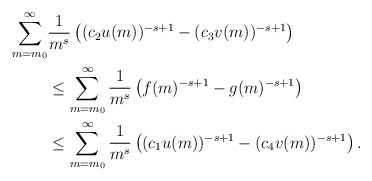
\begin{align*}\sum_{m=m_0}^\infty&\frac{1}{m^s}\left((c_2 u(m))^{-s+1} - (c_3 v(m))^{-s+1}\right)\\&\leq\sum_{m=m_0}^\infty\frac{1}{m^s}\left(f(m)^{-s+1} - g(m)^{-s+1}\right)\\&\leq\sum_{m=m_0}^\infty\frac{1}{m^s}\left((c_1 u(m))^{-s+1} - (c_4 v(m))^{-s+1}\right).\end{align*}